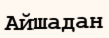
Айшадан